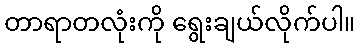
တာရာတလုံးကို ရွေးချယ်လိုက်ပါ။